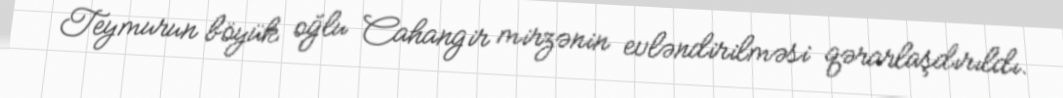
Teymurun böyük oğlu Cahangir mirzənin evləndirilməsi qərarlaşdırıldı.